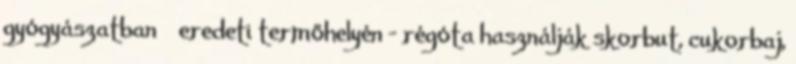
gyógyászatban  eredeti termőhelyén - régóta használják skorbut, cukorbaj,